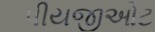
પીયજીઓટ